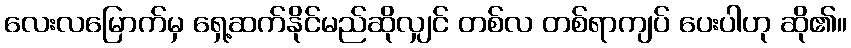
လေးလမြောက်မှ ရှေ့ဆက်နိုင်မည်ဆိုလျှင် တစ်လ တစ်ရာကျပ် ပေးပါဟု ဆို၏။